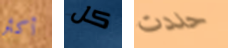
أكثر كل حددت